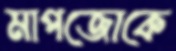
মাপজোকে